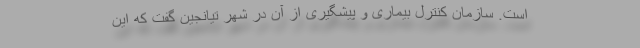
است. سازمان کنترل بیماری و پیشگیری از آن در شهر تیانجین گفت که این